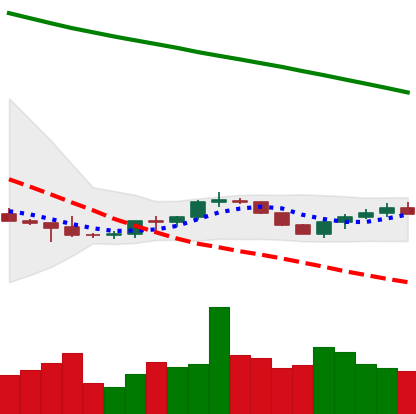
Ticker: BTC-USD
Chart end date: 2022-07-17
Forward return: 9.315%
Label: up_7plus